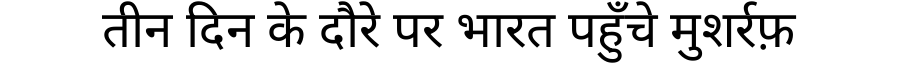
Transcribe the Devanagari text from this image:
तीन दिन के दौरे पर भारत पहुँचे मुशर्रफ़